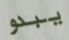
يبدو